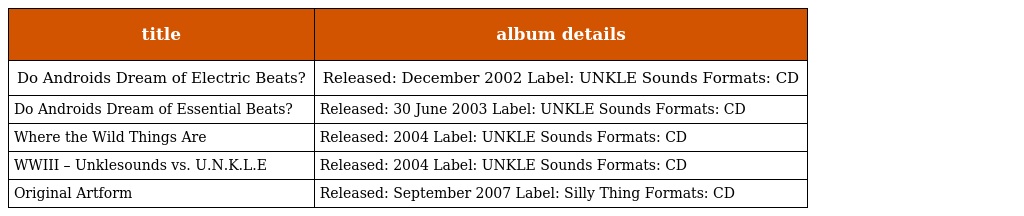
| title | album details |
 | --- | --- |
 | Do Androids Dream of Electric Beats? | Released: December 2002 Label: UNKLE Sounds Formats: CD |
 | Do Androids Dream of Essential Beats? | Released: 30 June 2003 Label: UNKLE Sounds Formats: CD |
 | Where the Wild Things Are | Released: 2004 Label: UNKLE Sounds Formats: CD |
 | WWIII – Unklesounds vs. U.N.K.L.E | Released: 2004 Label: UNKLE Sounds Formats: CD |
 | Original Artform | Released: September 2007 Label: Silly Thing Formats: CD |